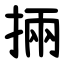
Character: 掚